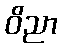
ဝိညာ